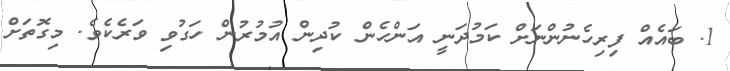
1. ބައެއް ފިރިހެނުންނަށް ކަމުދަނީ އަންހެން ކުދިން އުމުރުން ހަގުވި ވަރެކެވެ. މިގޮތަށް